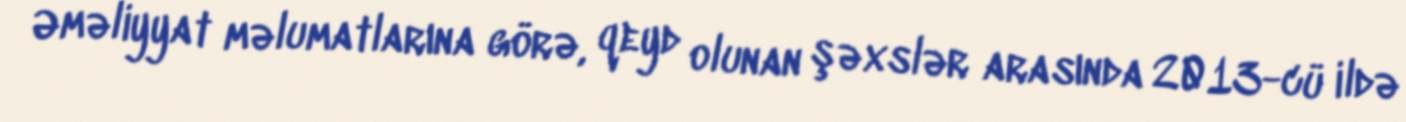
Əməliyyat məlumatlarına görə, qeyd olunan şəxslər arasında 2013-cü ildə